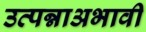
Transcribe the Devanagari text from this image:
उत्पन्नाअभावी